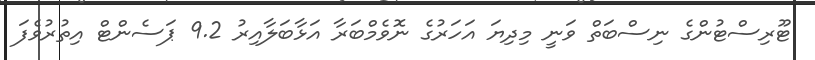
ޓޫރިސްޓުންގެ ނިސްބަތް ވަނީ މިދިޔަ އަހަރުގެ ނޮވެމްބަރާ އަޅާބަލާއިރު 9.2 ޕަސެންޓް އިތުރުވެފަ